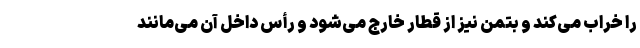
را خراب می‌کند و بتمن نیز از قطار خارج می‌شود و رأس داخل آن می‌مانند